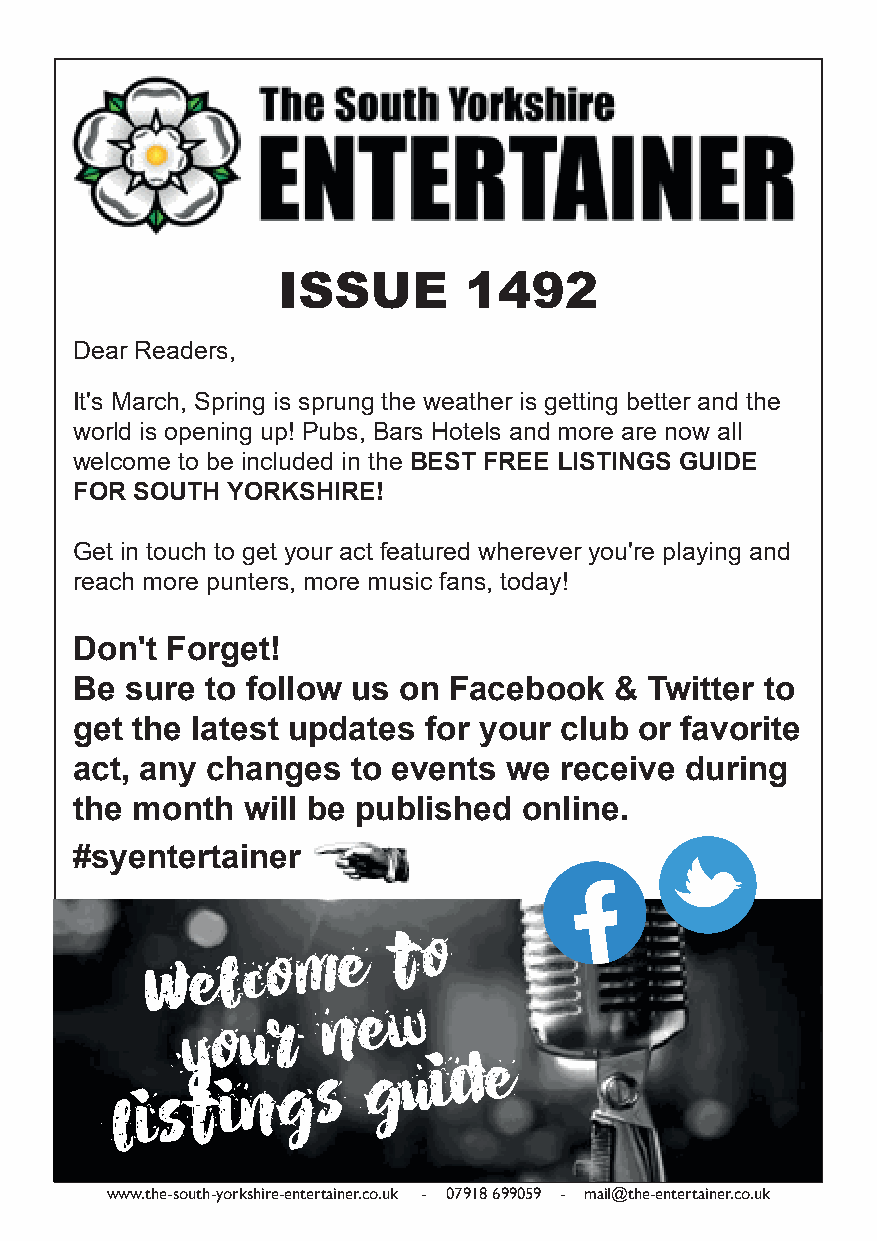
ISSUE        1492
 Dear Readers,
 It's March, Spring is sprung the weather is getting better and the
 world is opening up! Pubs, Bars Hotels and more are now all
 welcome to be included in the BEST FREE LISTINGS GUIDE
 FOR SOUTH YORKSHIRE!
 Get in touch to get your act featured wherever you're playing and
 reach more punters, more music fans, today!
 Don't Forget!
 Be sure  to follow us on Facebook   & Twitter to
 get the latest updates for your club or favorite
 act, any changes  to events  we receive during
 the month  will be published  online. BrFaonrdO m n GoCly ur eiu di s derS e elc io ntbc aeli l ia u sle sl .e ic c ao hnn ed c/ ko r o w uth oit ue r.
 #syentertainer
 W  e l c o m e
 t o
 y o u r
 n e w
 l i s t i n g s
 g u i d e
 www.the-south-yorkshire-entertainer.co.uk - 07918 699059 - mail@the-entertainer.co.uk